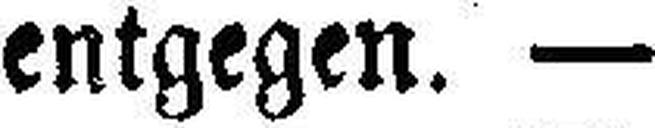
entgegen. —